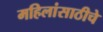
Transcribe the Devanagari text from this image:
महिलांसाठीचे